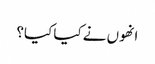
انھوں نے کیا کیا؟